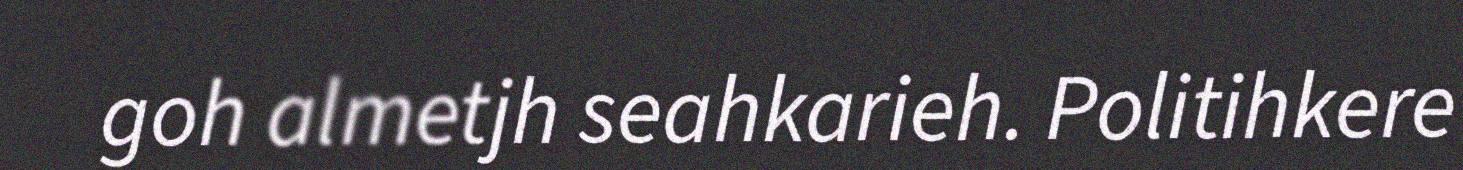
goh almetjh seahkarieh. Politihkere